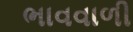
ભાવવાળી